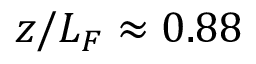
z / L _ { F } \approx 0 . 8 8